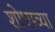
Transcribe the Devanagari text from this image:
शोधाव्या